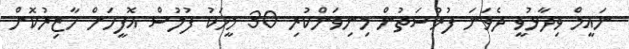
ނައީމް ވިދާޅުވީ ދެވަނަ ފުރުސަތުން މިނިވަންކުރި 30 މީހަކު ފުލުސް އޮފީހަށް ހާޒިރުކޮށް